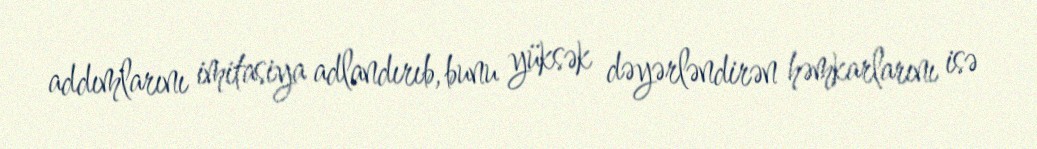
addımlarını imitasiya adlandırıb, bunu yüksək dəyərləndirən həmkarlarını isə